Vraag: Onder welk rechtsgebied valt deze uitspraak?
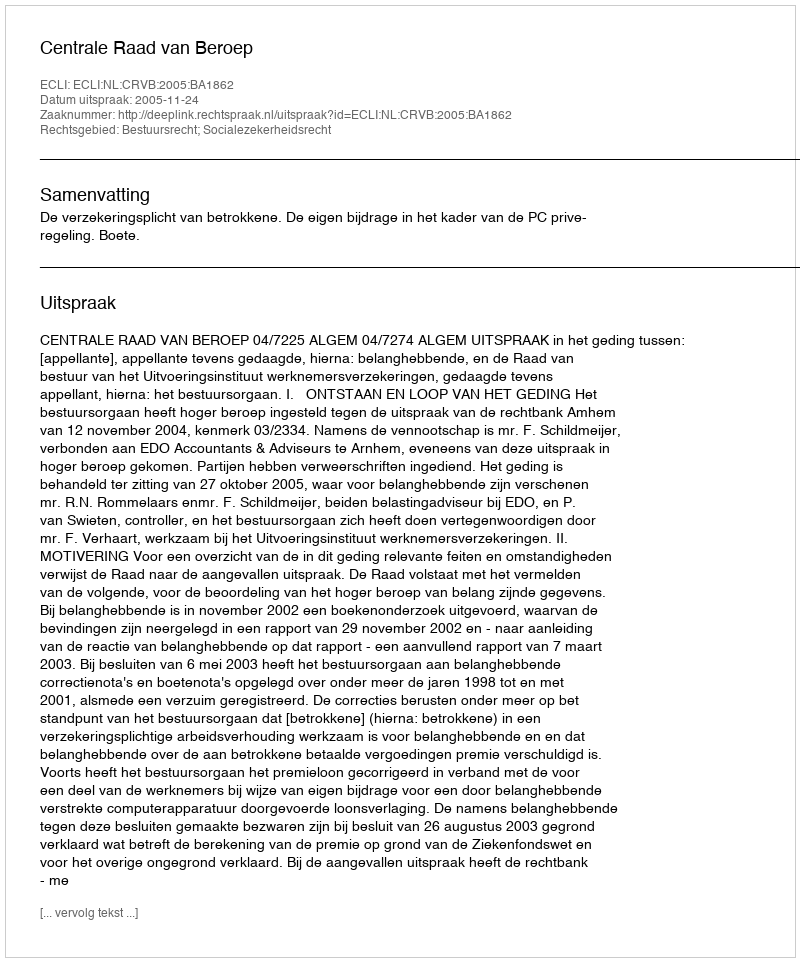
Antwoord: Bestuursrecht; Socialezekerheidsrecht